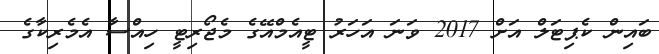
ބައިން ކެޕިޓަލް އަށް 2017 ވަނަ އަހަރު ޓީއެމްއޭގެ މެޖޯރިޓީ ހިއްސާ އެމެރިކާގެ